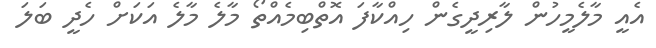
އެއީ މާލެމީހުން ލާރިދީގެން ހިއްކާފަ އޮތްބިމެއްތޯ މާލެ މާލެ އަކަށް ހެދީ ބަލަ